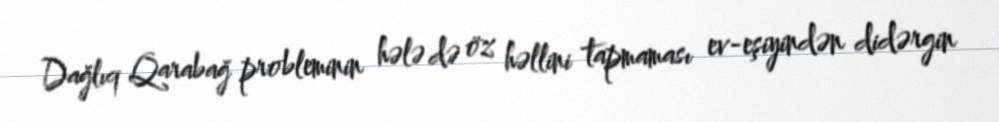
Dağlıq Qarabağ probleminin hələ də öz həllini tapmaması ev-eşiyindən didərgin